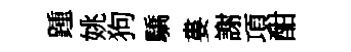
踵姚狗驕婁謝項酣